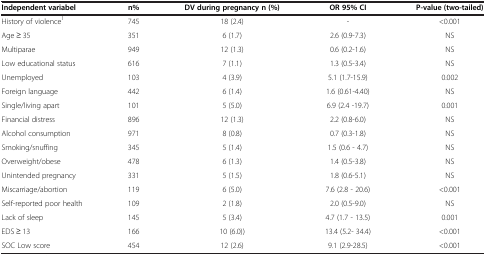
<table><thead><tr><td><b>Independent variabel</b></td><td><b>n%</b></td><td><b>DV during pregnancy n (%)</b></td><td><b>OR 95% CI</b></td><td><b>P-value (two-tailed)</b></td></tr></thead><tbody><tr><td>History of violence<sup>1</sup></td><td>745</td><td>18 (2.4)</td><td>-</td><td>&lt;0.001</td></tr><tr><td>Age ≥ 35</td><td>351</td><td>6 (1.7)</td><td>2.6 (0.9-7.3)</td><td>NS</td></tr><tr><td>Multiparae</td><td>949</td><td>12 (1.3)</td><td>0.6 (0.2-1.6)</td><td>NS</td></tr><tr><td>Low educational status</td><td>616</td><td>7 (1.1)</td><td>1.3 (0.5-3.4)</td><td>NS</td></tr><tr><td>Unemployed</td><td>103</td><td>4 (3.9)</td><td>5.1 (1.7-15.9)</td><td>0.002</td></tr><tr><td>Foreign language</td><td>442</td><td>6 (1.4)</td><td>1.6 (0.61-4.40)</td><td>NS</td></tr><tr><td>Single/living apart</td><td>101</td><td>5 (5.0)</td><td>6.9 (2.4 -19.7)</td><td>0.001</td></tr><tr><td>Financial distress</td><td>896</td><td>12 (1.3)</td><td>2.2 (0.8-6.0)</td><td>NS</td></tr><tr><td>Alcohol consumption</td><td>971</td><td>8 (0.8)</td><td>0.7 (0.3-1.8)</td><td>NS</td></tr><tr><td>Smoking/snuffing</td><td>345</td><td>5 (1.4)</td><td>1.5 (0.6 - 4.7)</td><td>NS</td></tr><tr><td>Overweight/obese</td><td>478</td><td>6 (1.3)</td><td>1.4 (0.5-3.8)</td><td>NS</td></tr><tr><td>Unintended pregnancy</td><td>331</td><td>5 (1.5)</td><td>1.8 (0.6-5.1)</td><td>NS</td></tr><tr><td>Miscarriage/abortion</td><td>119</td><td>6 (5.0)</td><td>7.6 (2.8 - 20.6)</td><td>&lt;0.001</td></tr><tr><td>Self-reported poor health</td><td>109</td><td>2 (1.8)</td><td>2.0 (0.5-9.0)</td><td>NS</td></tr><tr><td>Lack of sleep</td><td>145</td><td>5 (3.4)</td><td>4.7 (1.7 - 13.5)</td><td>0.001</td></tr><tr><td>EDS ≥ 13</td><td>166</td><td>10 (6.0))</td><td>13.4 (5.2- 34.4)</td><td>&lt;0.001</td></tr><tr><td>SOC Low score</td><td>454</td><td>12 (2.6)</td><td>9.1 (2.9-28.5)</td><td>&lt;0.001</td></tr></tbody></table>